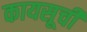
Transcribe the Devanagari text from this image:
कायसूची